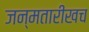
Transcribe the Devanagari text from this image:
जन्मतारीखच